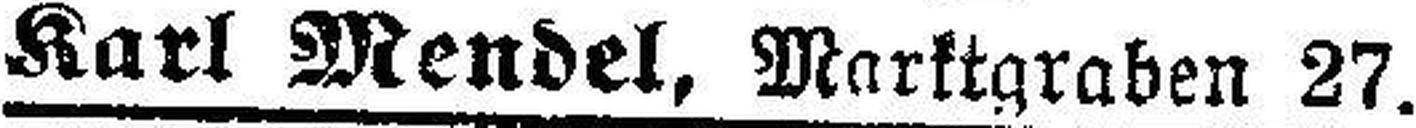
Karl Mendel, Marktgraben 27.